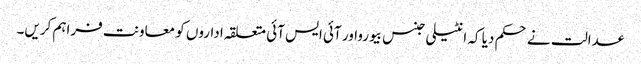
عدالت نے حکم دیا کہ انٹیلی جنس بیورواور آئی ایس آئی متعلقہ اداروں کو معاونت فراہم کریں۔